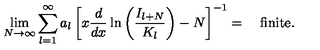
\lim _ { N \rightarrow \infty } \sum _ { l = 1 } ^ { \infty } a _ { l } \left[ x \displaystyle \frac { d } { d x } \ln \left( \displaystyle \frac { I _ { l + N } } { K _ { l } } \right) - N \right] ^ { - 1 } = \quad \mathrm { f i n i t e } .